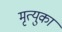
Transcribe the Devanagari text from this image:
मृत्युका